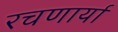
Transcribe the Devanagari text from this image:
रचणार्या